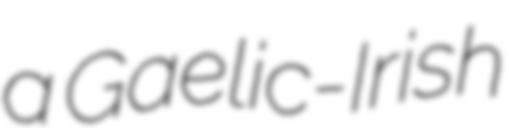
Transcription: a Gaelic-Irish